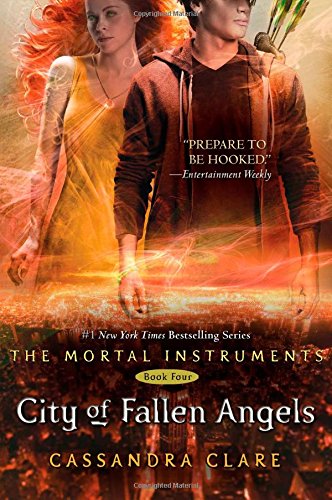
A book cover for City of Fallen Angels (Mortal Instruments, Book 4); Cassandra Clare; Teen & Young Adult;